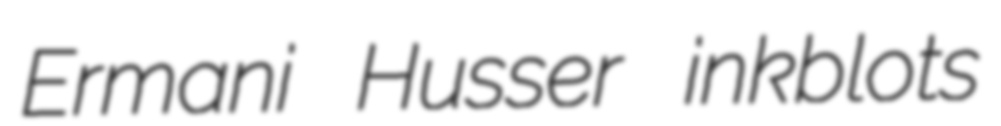
Ermani Husser inkblots